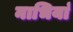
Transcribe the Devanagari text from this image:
नाभियां